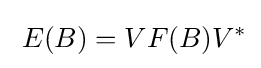
\;E(B)=VF(B)V^{*}